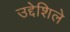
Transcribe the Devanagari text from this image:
उद्देशिले